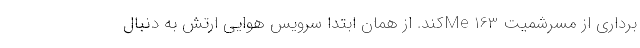
برداری از مسرشمیت Me 163کند. از همان ابتدا سرویس هوایی ارتش به دنبال